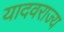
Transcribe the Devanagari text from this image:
यादवराज्य